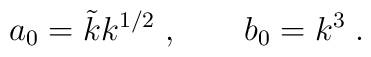
a_0=\tilde{k}k^{1/2}\; ,\qquad b_0=k^3\; .